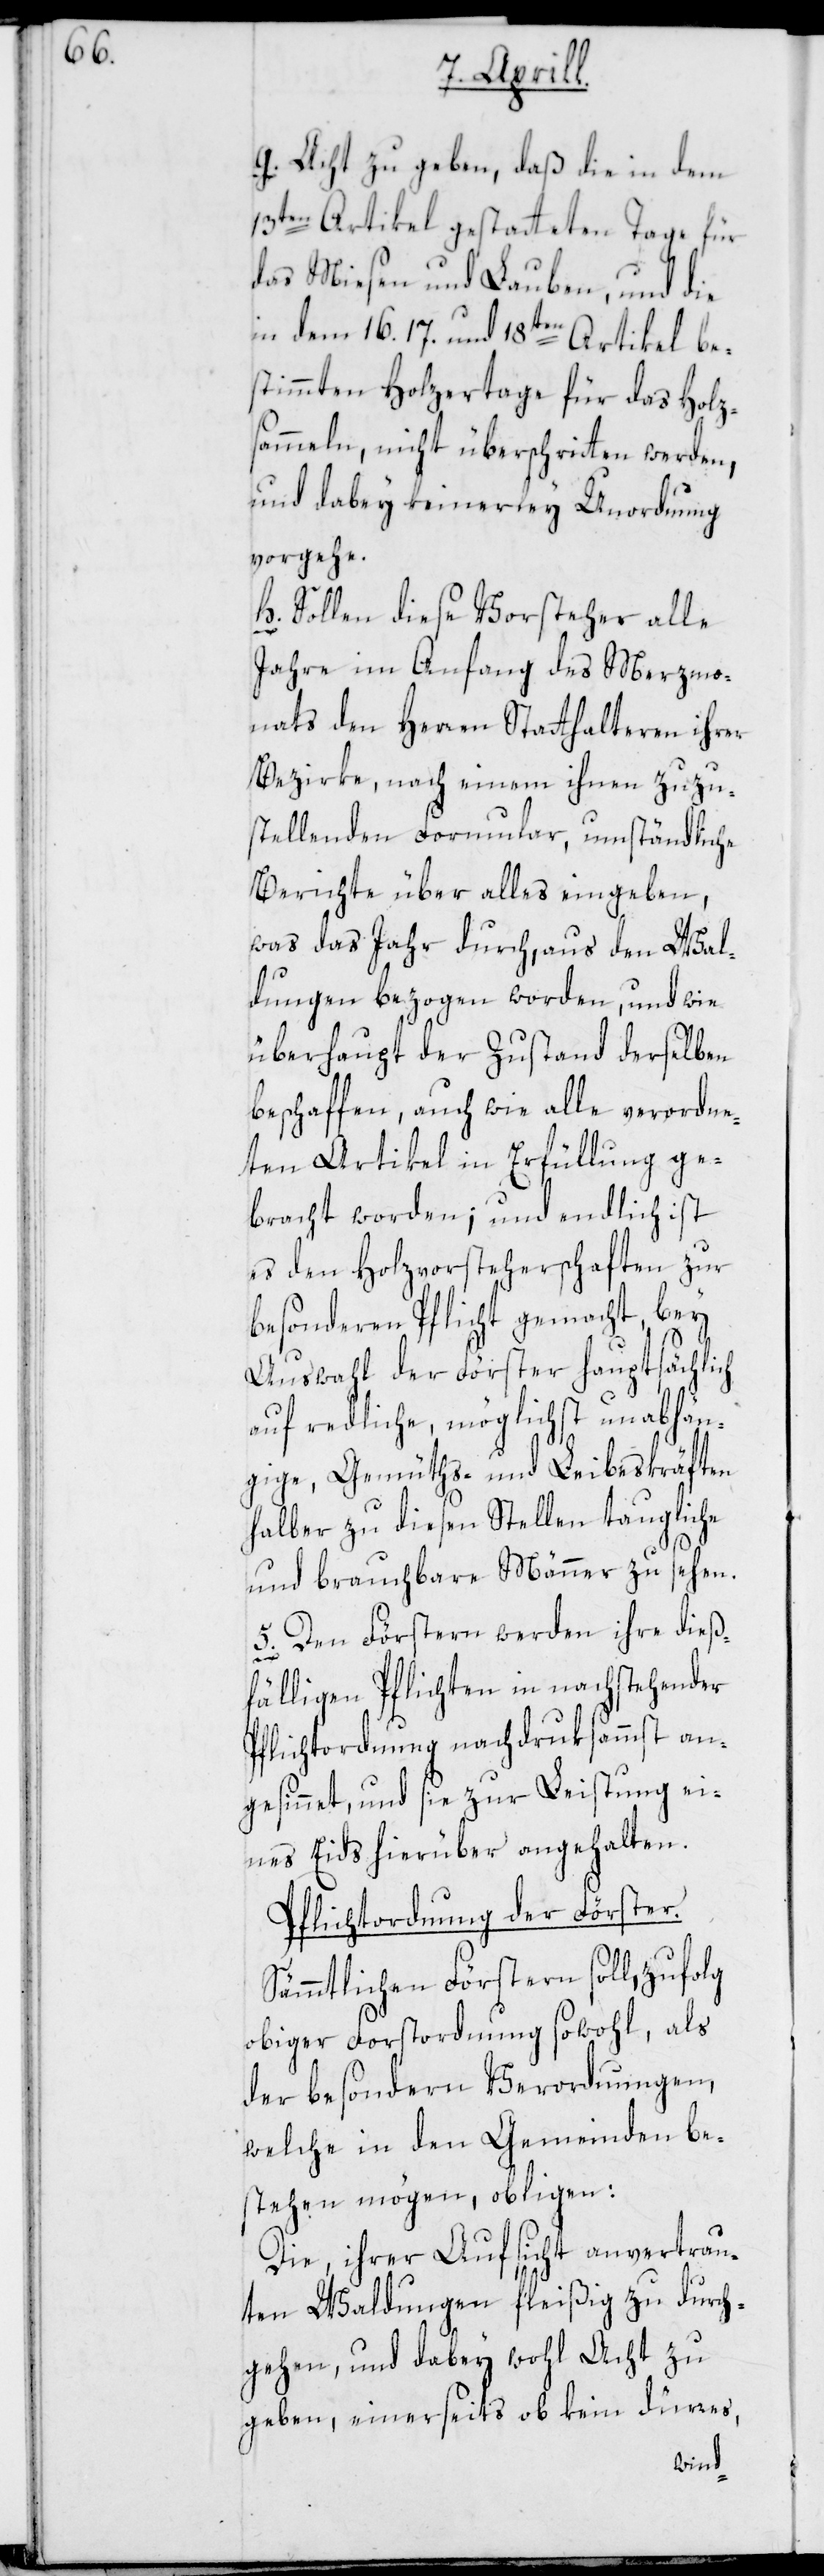
g. Acht zu geben, daß die in dem
13ten Artikel gestatteten Tage für
das Miesen und Lauben, und die
in dem 16.[,] 17. und 18ten Artikel be¬
stimmten Holzertrage für das Holz¬
sammeln, nicht überschritten werden,
und dabey keinerley Unordnung
vorgehe.
h. Sollen diese Vorsteher alle
Jahre im Anfang des Merzmo¬
nats den Herren Statthalteren ihrer
Bezirke, nach einem ihnen zuzu¬
stellenden Formular, umständliche
Berichte über alles eingeben,
was das Jahr durch, aus den Wal¬
dungen bezogen worden, und wie
überhaupt der Zustand derselben
beschaffen, auch wie alle verordne¬
ten Artikel in Erfüllung ge¬
bracht worden; und endlich ist
es den Holzvorsteherschaften zur
besonderen Pflicht gemacht, bey
Auswahl der Förster hauptsächlich
auf redliche, möglichst unabhän¬
gige, Gemüths- und Leibeskräften
halber zu diesen Stellen taugliche
und brauchbare Männer zu sehen.
5. Den Förstern werden ihre dieß¬
fälligen Pflichten in nachstehender
Pflichtordnung nachdruksamst an¬
gesinnet, und sie zur Leistung ei¬
nes Eids hierüber angehalten.
Pflichtordnung der Förster.
Sämmtlichen Förstern soll, zufolg
obiger Forstordnung sowohl, als
der besondern Verordnungen,
welche in den Gemeinden be¬
stehen mögen, obligen:
Die, ihrer Aufsicht anvertrau¬
ten Waldungen fleißig zu durch¬
gehen, und dabey wohl Acht zu
geben, einerseits ob kein dürres,